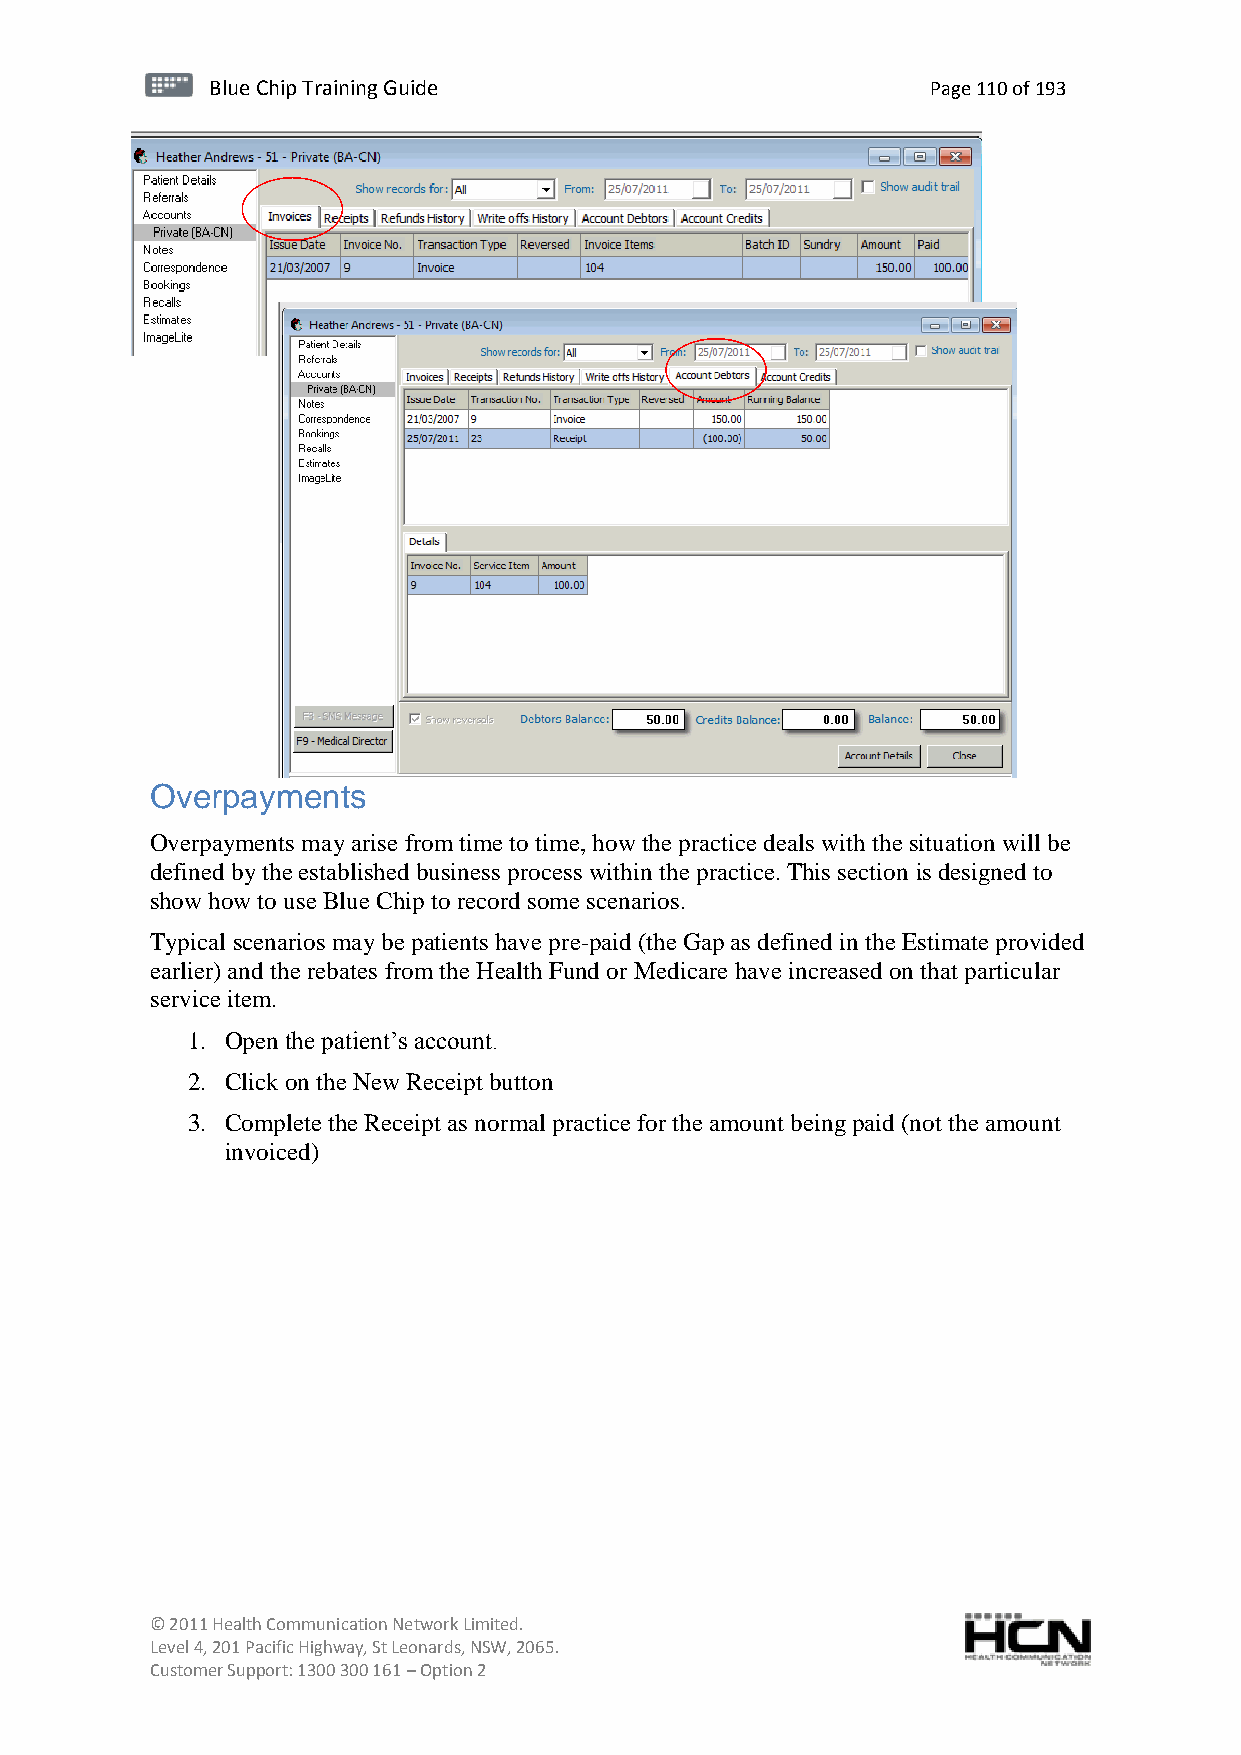
BBlluuee C Chihpi pTr Tairnainingi Gnugi dGeu ide Page 110 of 193
 Overpayments
 Overpayments may arise from time to time, how the practice deals with the situation will be
 defined by the established business process within the practice. This section is designed to
 show how to use Blue Chip to record some scenarios.
 Typical scenarios may be patients have pre-paid (the Gap as defined in the Estimate provided
 earlier) and the rebates from the Health Fund or Medicare have increased on that particular
 service item.
 1. Open the patient’s account.
 2. Click on the New Receipt button
 3. Complete the Receipt as normal practice for the amount being paid (not the amount
 invoiced)
 © 2011 Health Communication Network Limited.
 Level 4, 201 Pacific Highway, St Leonards, NSW, 2065.
 Customer Support: 1300 300 161 – Option 2